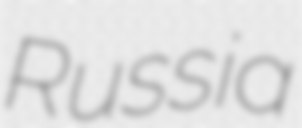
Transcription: Russia